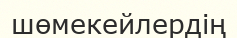
шөмекейлердің